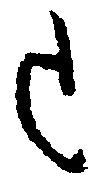
被